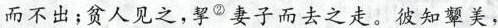
而不出；贫人见之，挈妻子而去之走。彼知颦美，